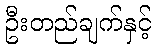
ဦးတည်ချက်နှင့်